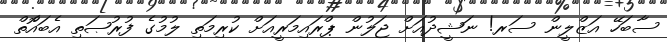
ސާބަހޭ އަޒްލީން ސަރ! ނަޝީދުއަށް ޖަލުން ޕްރައިމަރީއަށް ކުރިމަތި ލުމުގެ ފުރުޞަތި އެބައޮްތް